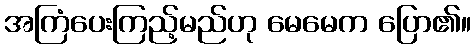
အကြံပေးကြည့်မည်ဟု မေမေက ပြော၏။